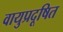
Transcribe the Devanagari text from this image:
वायुप्रदूषित